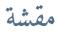
مقشة